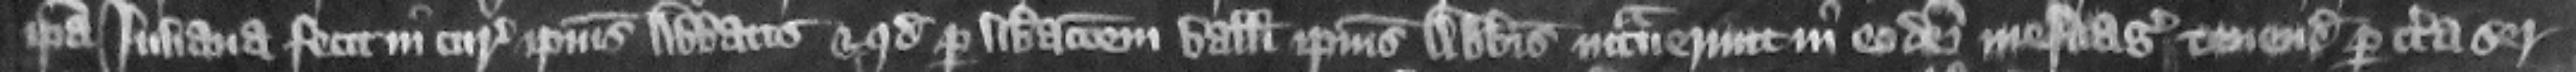
ipsa Iuliana fecit in curia ipsius abbatis et quod per liberacionem balliui ipsius abbatis intrauerunt in eodem mesuagio tenedo per certa ser